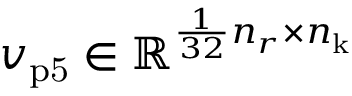
v _ { \mathrm { p 5 } } \in \mathbb { R } ^ { \frac { 1 } { 3 2 } n _ { r } \times n _ { \mathrm { k } } }